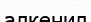
алкенил